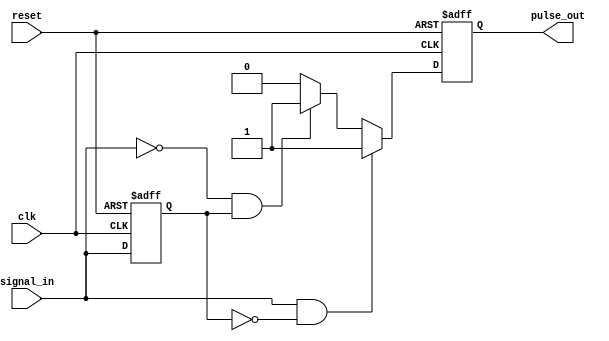
module PulseEdgeDetector (
    input wire clk,          // Clock input
    input wire reset,        // Active high reset signal
    input wire signal_in,    // Input signal to detect edges
    output reg pulse_out     // Output pulse for one clock cycle on edge detection
);

    // Memory block to store the previous state of the input signal
    reg previous_state;

    // Sequential logic to update previous_state and generate pulse_out
    always @(posedge clk or posedge reset) begin
        if (reset) begin
            previous_state <= 1'b0;  // Initialize previous state to low
            pulse_out <= 1'b0;        // Initialize output pulse to low
        end else begin
            // Edge detection logic
            if (signal_in && ~previous_state) begin
                pulse_out <= 1'b1;      // Rising edge detected
            end else if (~signal_in && previous_state) begin
                pulse_out <= 1'b1;      // Falling edge detected
            end else begin
                pulse_out <= 1'b0;      // No edge detected, clear pulse_out
            end
            
            // Update previous state to current state
            previous_state <= signal_in;
        end
    end

endmodule